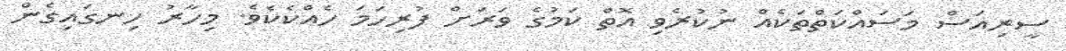
ސީރިއަސް މަސައްކަތްތަކެއް ނުކުރެވި އޮތް ކަމުގެ ވަރަށް ފުރިހަމަ ހެއްކެކެވެ. މިހާރު ހިނގައިގެން